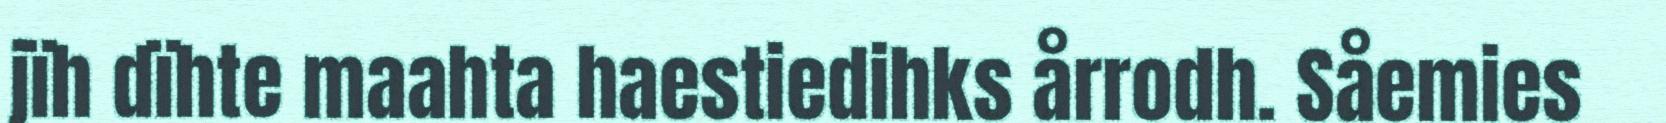
jïh dïhte maahta haestiedihks årrodh. Såemies